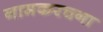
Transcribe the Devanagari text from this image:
नामकरचना